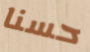
حسنا